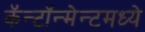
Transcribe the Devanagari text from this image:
कॅन्टॉन्मेन्टमध्ये